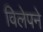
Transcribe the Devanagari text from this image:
विलेपने